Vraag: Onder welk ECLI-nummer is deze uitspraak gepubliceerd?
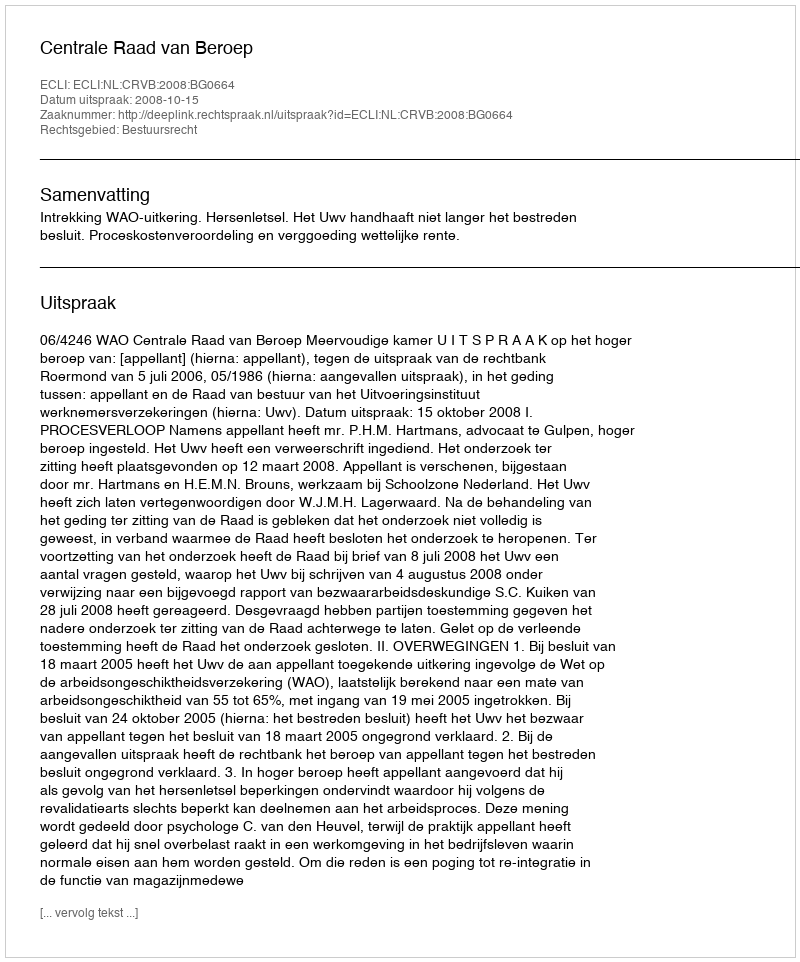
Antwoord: ECLI:NL:CRVB:2008:BG0664